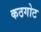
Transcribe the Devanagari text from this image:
कठगोट